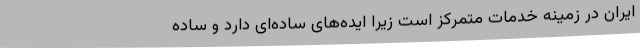
ایران در زمینه خدمات متمرکز است زیرا ایده‌های ساده‌ای دارد و ساده